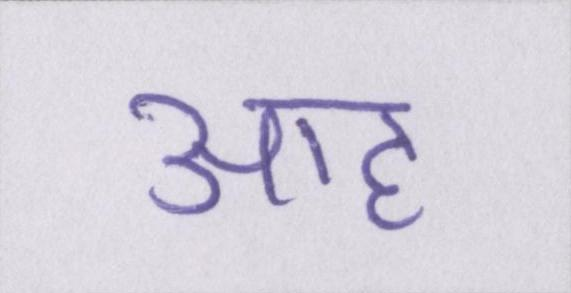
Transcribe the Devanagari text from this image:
आह